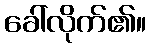
ခေါ်လိုက်၏။